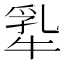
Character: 𬌢